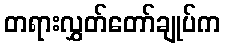
တရားလွှတ်တော်ချုပ်က